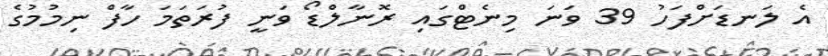
އެ ލަނޑަށްފަހު 39 ވަނަ މިނެޓްގައި ރޮނާލްޑޯ ވަނީ ފުރަތަމަ ހާފް ނިމުމުގެ